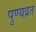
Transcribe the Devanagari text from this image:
पुण्यव्रत